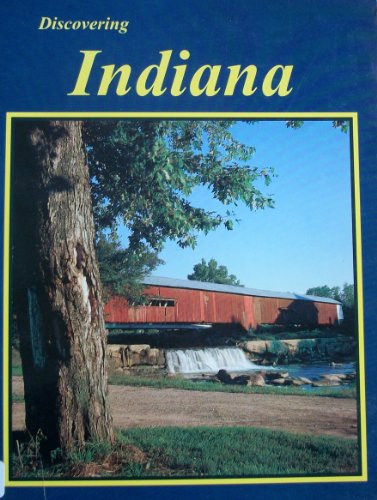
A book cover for Discovering Indiana; Barbara Shangle; Travel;